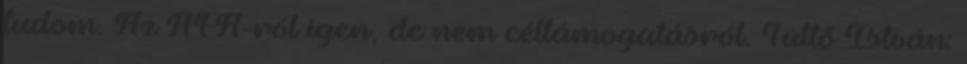
tudom. Az ÁFÁ-ról igen, de nem céltámogatásról. Tüttő István: